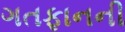
ગતફાનની